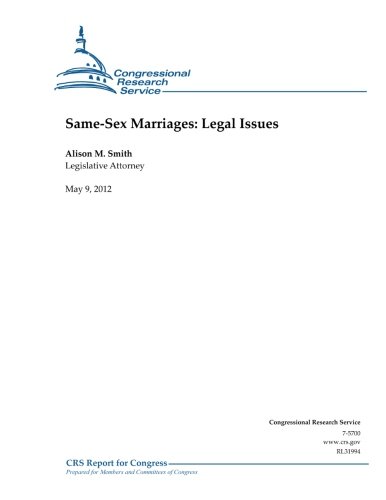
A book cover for Same-Sex Marriages:  Legal Issues; Alison M. Smith; Law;